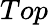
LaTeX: Top